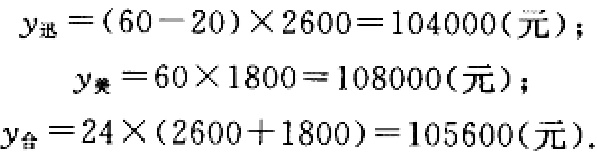
\[

\begin{align*}

y_{迅}&=(60 - 20)\times2600 = 104000(\text{元})；\\

y_{美}&=60\times1800 = 108000(\text{元})；\\

y_{合}&=24\times(2600 + 1800)=105600(\text{元}).

\end{align*}

\]